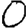
Digit: 0